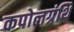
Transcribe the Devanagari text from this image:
कपोलग्रंथि